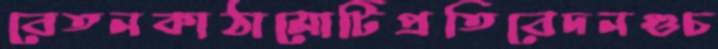
বেতনকাঠামোটিপ্রতিবেদনগুচ